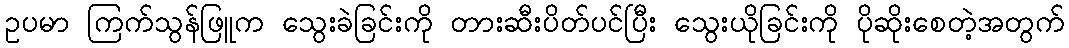
ဥပမာ ကြက်သွန်ဖြူက သွေးခဲခြင်းကို တားဆီးပိတ်ပင်ပြီး သွေးယိုခြင်းကို ပိုဆိုးစေတဲ့အတွက်